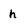
Character: h